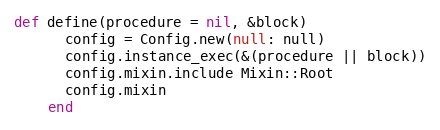
Language: Ruby
def define(procedure = nil, &block)
      config = Config.new(null: null)
      config.instance_exec(&(procedure || block))
      config.mixin.include Mixin::Root
      config.mixin
    end